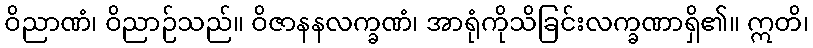
ဝိညာဏံ၊ ဝိညာဉ်သည်။ ဝိဇာနနလက္ခဏံ၊ အာရုံကိုသိခြင်းလက္ခဏာရှိ၏။ ဣတိ၊